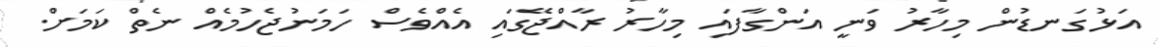
އަޅުގަނޑުން މިހާރު ވަނީ އަންގާފައި މިހާރު ރާއްޖޭގައި އެއްވެސް ހަމަނުޖެހުމެއް ނެތް ކަމަށް.